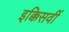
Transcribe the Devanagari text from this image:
इक्किसवीं